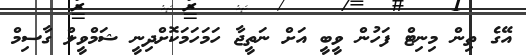
އޭގެ ތިން މިނިޓް ފަހުން ވީބީ އަށް ނަތީޖާ ހަމަހަމަކޮށްދިނީ ޝަމްވީލް ގާސިމް